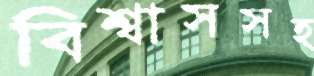
বিশ্বাসসহ